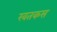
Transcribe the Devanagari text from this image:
खतकस